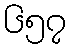
၆၅၇